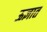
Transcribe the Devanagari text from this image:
ऊज्ञात